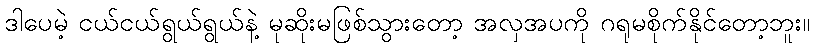
ဒါပေမဲ့ ငယ်ငယ်ရွယ်ရွယ်နဲ့ မုဆိုးမဖြစ်သွားတော့ အလှအပကို ဂရုမစိုက်နိုင်တော့ဘူး။